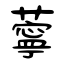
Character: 薴